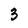
Character: 3